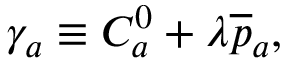
\gamma _ { a } \equiv C _ { a } ^ { 0 } + \lambda \overline { { { p } } } _ { a } ,